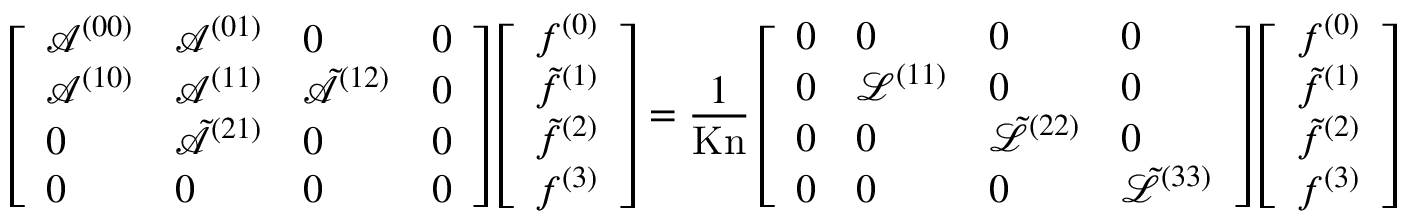
\left[ \begin{array} { l l l l } { \mathcal { A } ^ { ( 0 0 ) } } & { \mathcal { A } ^ { ( 0 1 ) } } & { 0 } & { 0 } \\ { \mathcal { A } ^ { ( 1 0 ) } } & { \mathcal { A } ^ { ( 1 1 ) } } & { \tilde { \mathcal { A } } ^ { ( 1 2 ) } } & { 0 } \\ { 0 } & { \tilde { \mathcal { A } } ^ { ( 2 1 ) } } & { 0 } & { 0 } \\ { 0 } & { 0 } & { 0 } & { 0 } \end{array} \right] \left[ \begin{array} { l } { f ^ { ( 0 ) } } \\ { \tilde { f } ^ { ( 1 ) } } \\ { \tilde { f } ^ { ( 2 ) } } \\ { f ^ { ( 3 ) } } \end{array} \right] = \frac { 1 } { \mathrm { K n } } \left[ \begin{array} { l l l l } { 0 } & { 0 } & { 0 } & { 0 } \\ { 0 } & { \mathcal { L } ^ { ( 1 1 ) } } & { 0 } & { 0 } \\ { 0 } & { 0 } & { \tilde { \mathcal { L } } ^ { ( 2 2 ) } } & { 0 } \\ { 0 } & { 0 } & { 0 } & { \tilde { \mathcal { L } } ^ { ( 3 3 ) } } \end{array} \right] \left[ \begin{array} { l } { f ^ { ( 0 ) } } \\ { \tilde { f } ^ { ( 1 ) } } \\ { \tilde { f } ^ { ( 2 ) } } \\ { f ^ { ( 3 ) } } \end{array} \right]